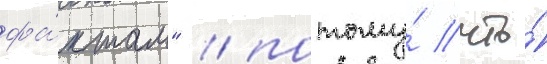
фа́ктам" / потому́ что́